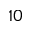
^ { 1 0 }